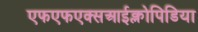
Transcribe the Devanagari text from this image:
एफएफएक्सआईक्लोपिडिया